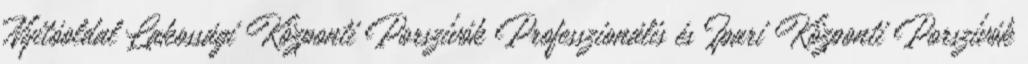
Nyitóoldal Lakossági Központi Porszívók Professzionális és Ipari Központi Porszívók